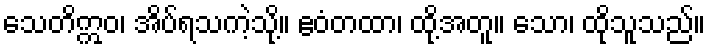
သေတိဣဝ၊ အိပ်ရသကဲ့သို့။ ဧဝံတထာ၊ ထို့အတူ။ သော၊ ထိုသူသည်။